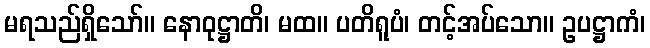
မရသည်ရှိသော်။ နောဝုဋ္ဌာတိ၊ မထ။ ပတိရူပံ၊ တင့်အပ်သော။ ဥပဋ္ဌာကံ၊